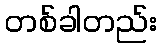
တစ်ခါတည်း